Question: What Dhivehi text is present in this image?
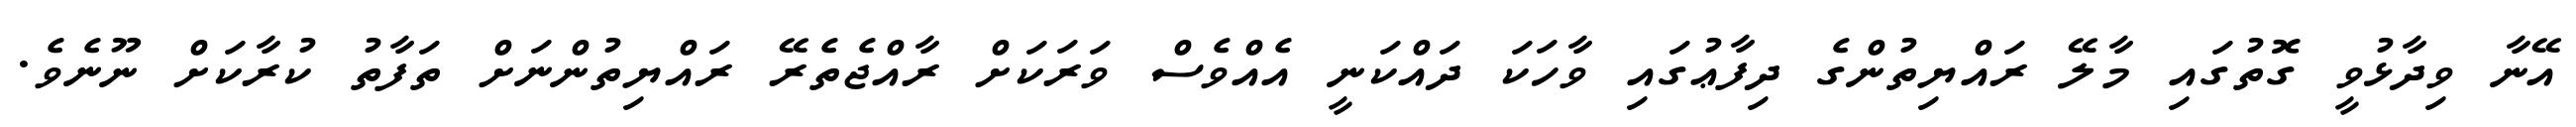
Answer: އޭނާ ވިދާޅުވީ ގޮތުގައި މާލޭ ރައްޔިތުންގެ ދިފާޢުގައި ވާހަކަ ދައްކަނީ އެއްވެސް ވަރަކަށް ރާއްޖެތެރޭ ރައްޔިތުންނަށް ތަފާތު ކުރާކަށް ނޫނެވެ.